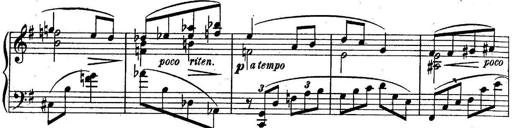
Title: Sonatine
Composer: Adrian Shaposhnikov
Key: E minor